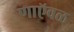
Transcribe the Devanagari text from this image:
णाऍवळ